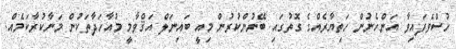
ހުސްވެފައިވާ އަންހެނުން ހަތިޔާރެއްގެ ގޮތުގައި ބޭނުންކުރުން މިއީ ބައިނަލް އަޤްވާމީ މުއާހަދާތަކުން މަނާކުރާކަމެއް.